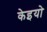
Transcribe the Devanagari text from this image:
केइयो